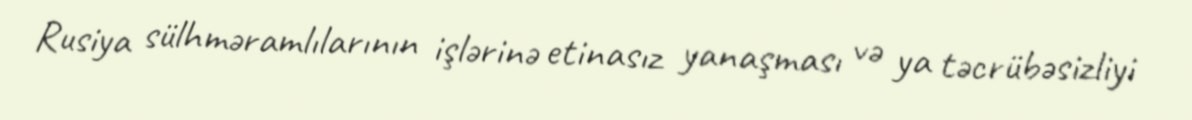
Rusiya sülhməramlılarının işlərinə etinasız yanaşması və ya təcrübəsizliyi